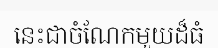
នេះជាចំណែកមួយដ៏ធំ